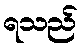
ရသည်